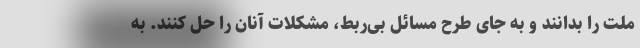
ملت را بدانند و به جای طرح مسائل بی‌ربط، مشکلات آنان را حل کنند. به